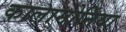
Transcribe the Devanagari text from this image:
कालामोनिया